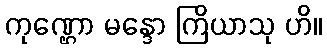
ကုဏ္ဌော မန္ဒော ကြိယာသု ဟိ။